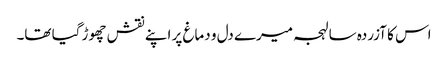
اس کا آزردہ سا لہجہ میرے دل و دماغ پر اپنے نقش چھوڑ گیا تھا۔